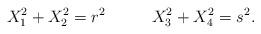
LaTeX: \begin{align*}X_1^2 + X_2^2 = r^2 \;\;\;\;\; \;\;\;\;\;X_3^2 + X_4^2 = s^2.\end{align*}